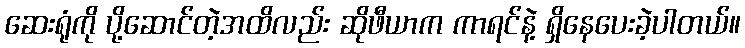
ဆေးရုံကို ပို့ဆောင်တဲ့အထိလည်း ဆိုဖီယာက ကာရင်နဲ့ ရှိနေပေးခဲ့ပါတယ်။